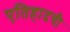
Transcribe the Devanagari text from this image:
एतिहादची